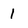
Character: 1